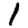
Digit: 1